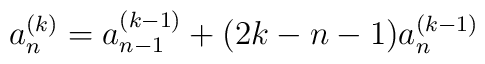
a_{n}^{(k)} = a_{n-1}^{(k-1)}+(2k-n-1)a_{n}^{(k-1)}